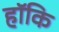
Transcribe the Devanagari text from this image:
हॉकि